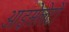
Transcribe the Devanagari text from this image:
आइसेलेटों